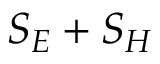
S _ { E } + S _ { H }